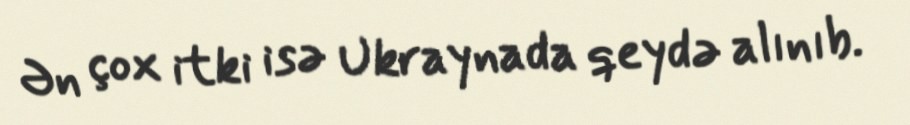
Ən çox itki isə Ukraynada qeydə alınıb.